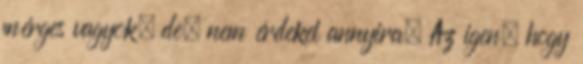
mérges vagyok, de. nem érdekel annyira. Az igen. hogy